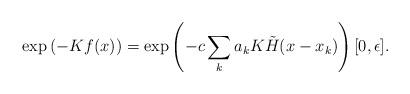
LaTeX: \begin{align*}\exp\left(-Kf(x) \right) = \exp\left(-c\sum_k a_k K\tilde{H}(x-x_k) \right) [0,\epsilon]. \end{align*}